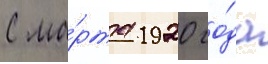
С ма́рта 1920 го́да